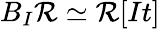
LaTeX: B_{I}\mathcal{R}\simeq\mathcal{R}[It]